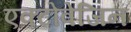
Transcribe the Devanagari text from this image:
एक्टोवेजिन